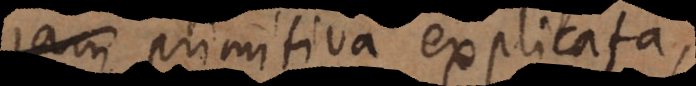
jam primitiva explicata,